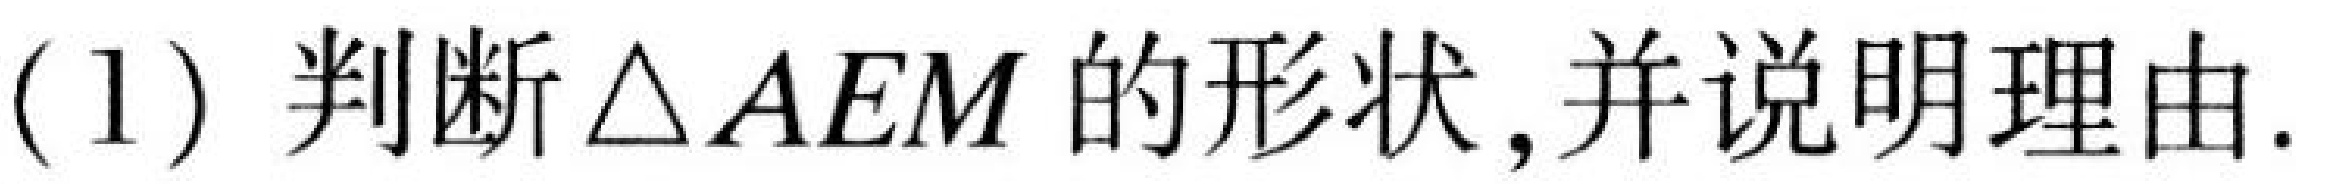
(1) 判断\(\triangle AEM\)的形状,并说明理由.